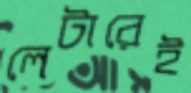
লেটারেই